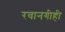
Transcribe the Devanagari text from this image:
रवानगीही